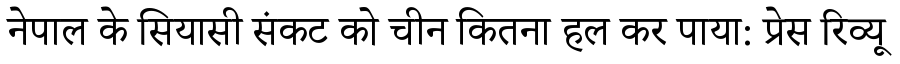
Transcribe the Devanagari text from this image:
नेपाल के सियासी संकट को चीन कितना हल कर पाया: प्रेस रिव्यू